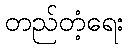
တည်တံ့ရေး